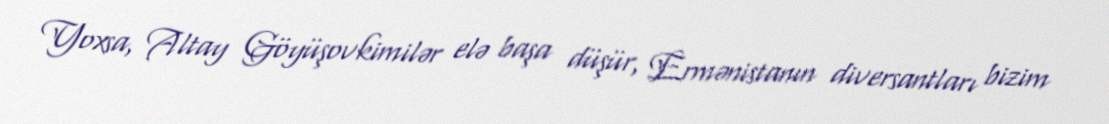
Yoxsa, Altay Göyüşovkimilər elə başa düşür, Ermənistanın diversantları bizim